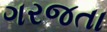
ગરજતા